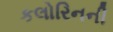
કલોરિનની